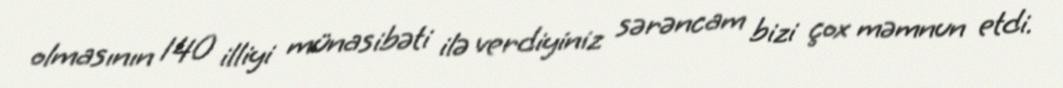
olmasının 140 illiyi münasibəti ilə verdiyiniz sərəncam bizi çox məmnun etdi.